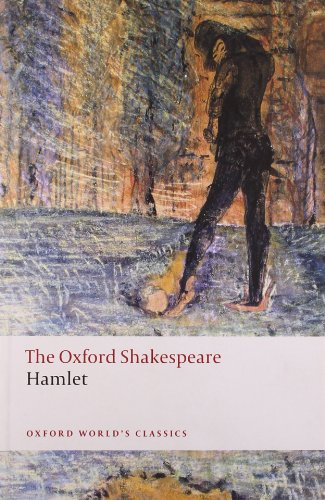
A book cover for The Oxford Shakespeare: Hamlet (Oxford World's Classics); William Shakespeare; Literature & Fiction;